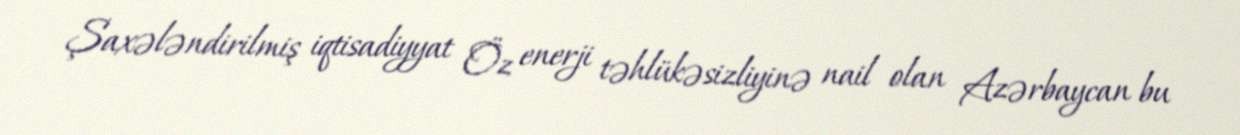
Şaxələndirilmiş iqtisadiyyat Öz enerji təhlükəsizliyinə nail olan Azərbaycan bu